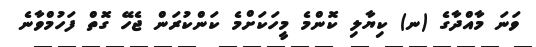
ވަނަ މާއްދާގެ (ނ) ކިޔާލި ކޮންމެ މީހަކަށްމެ ކަންކުރަން ޖެހޭ ގޮތް ފަހުމްވާނެ